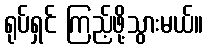
ရုပ်ရှင် ကြည့်ဖို့သွားမယ်။